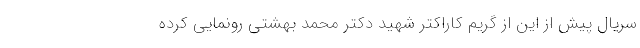
سریال پیش از این از گریم کاراکتر شهید دکتر محمد بهشتی رونمایی کرده